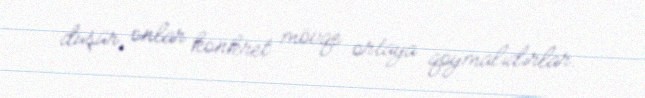
düşür, onlar konkret mövqe ortaya qoymalıdırlar.